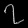
Digit: ၇